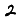
Digit: 2